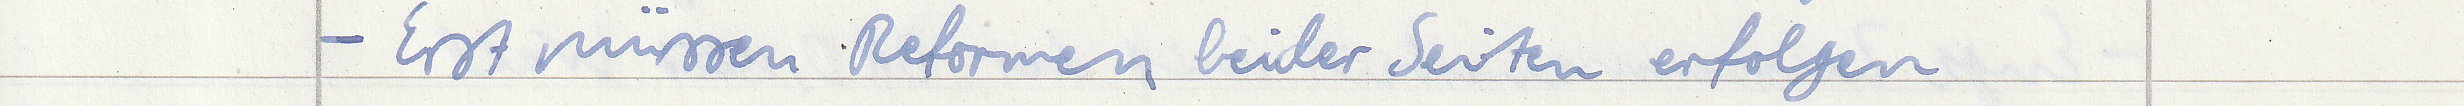
- Erst müssen Reformen beider Seiten erfolgen